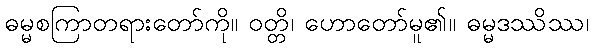
ဓမ္မစကြာတရားတော်ကို။ ဝတ္တိ၊ ဟောတော်မူ၏။ ဓမ္မဒဿိဿ၊